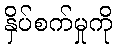
နှိပ်စက်မှုကို